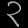
Digit: ၃